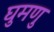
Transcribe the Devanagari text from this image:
घुमणु